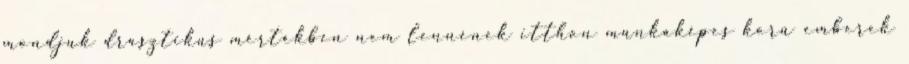
mondjuk drasztikus mértékben nem lennének itthon munkaképes korú emberek